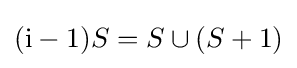
(\mathrm {i} -1)S=S\cup (S+1)